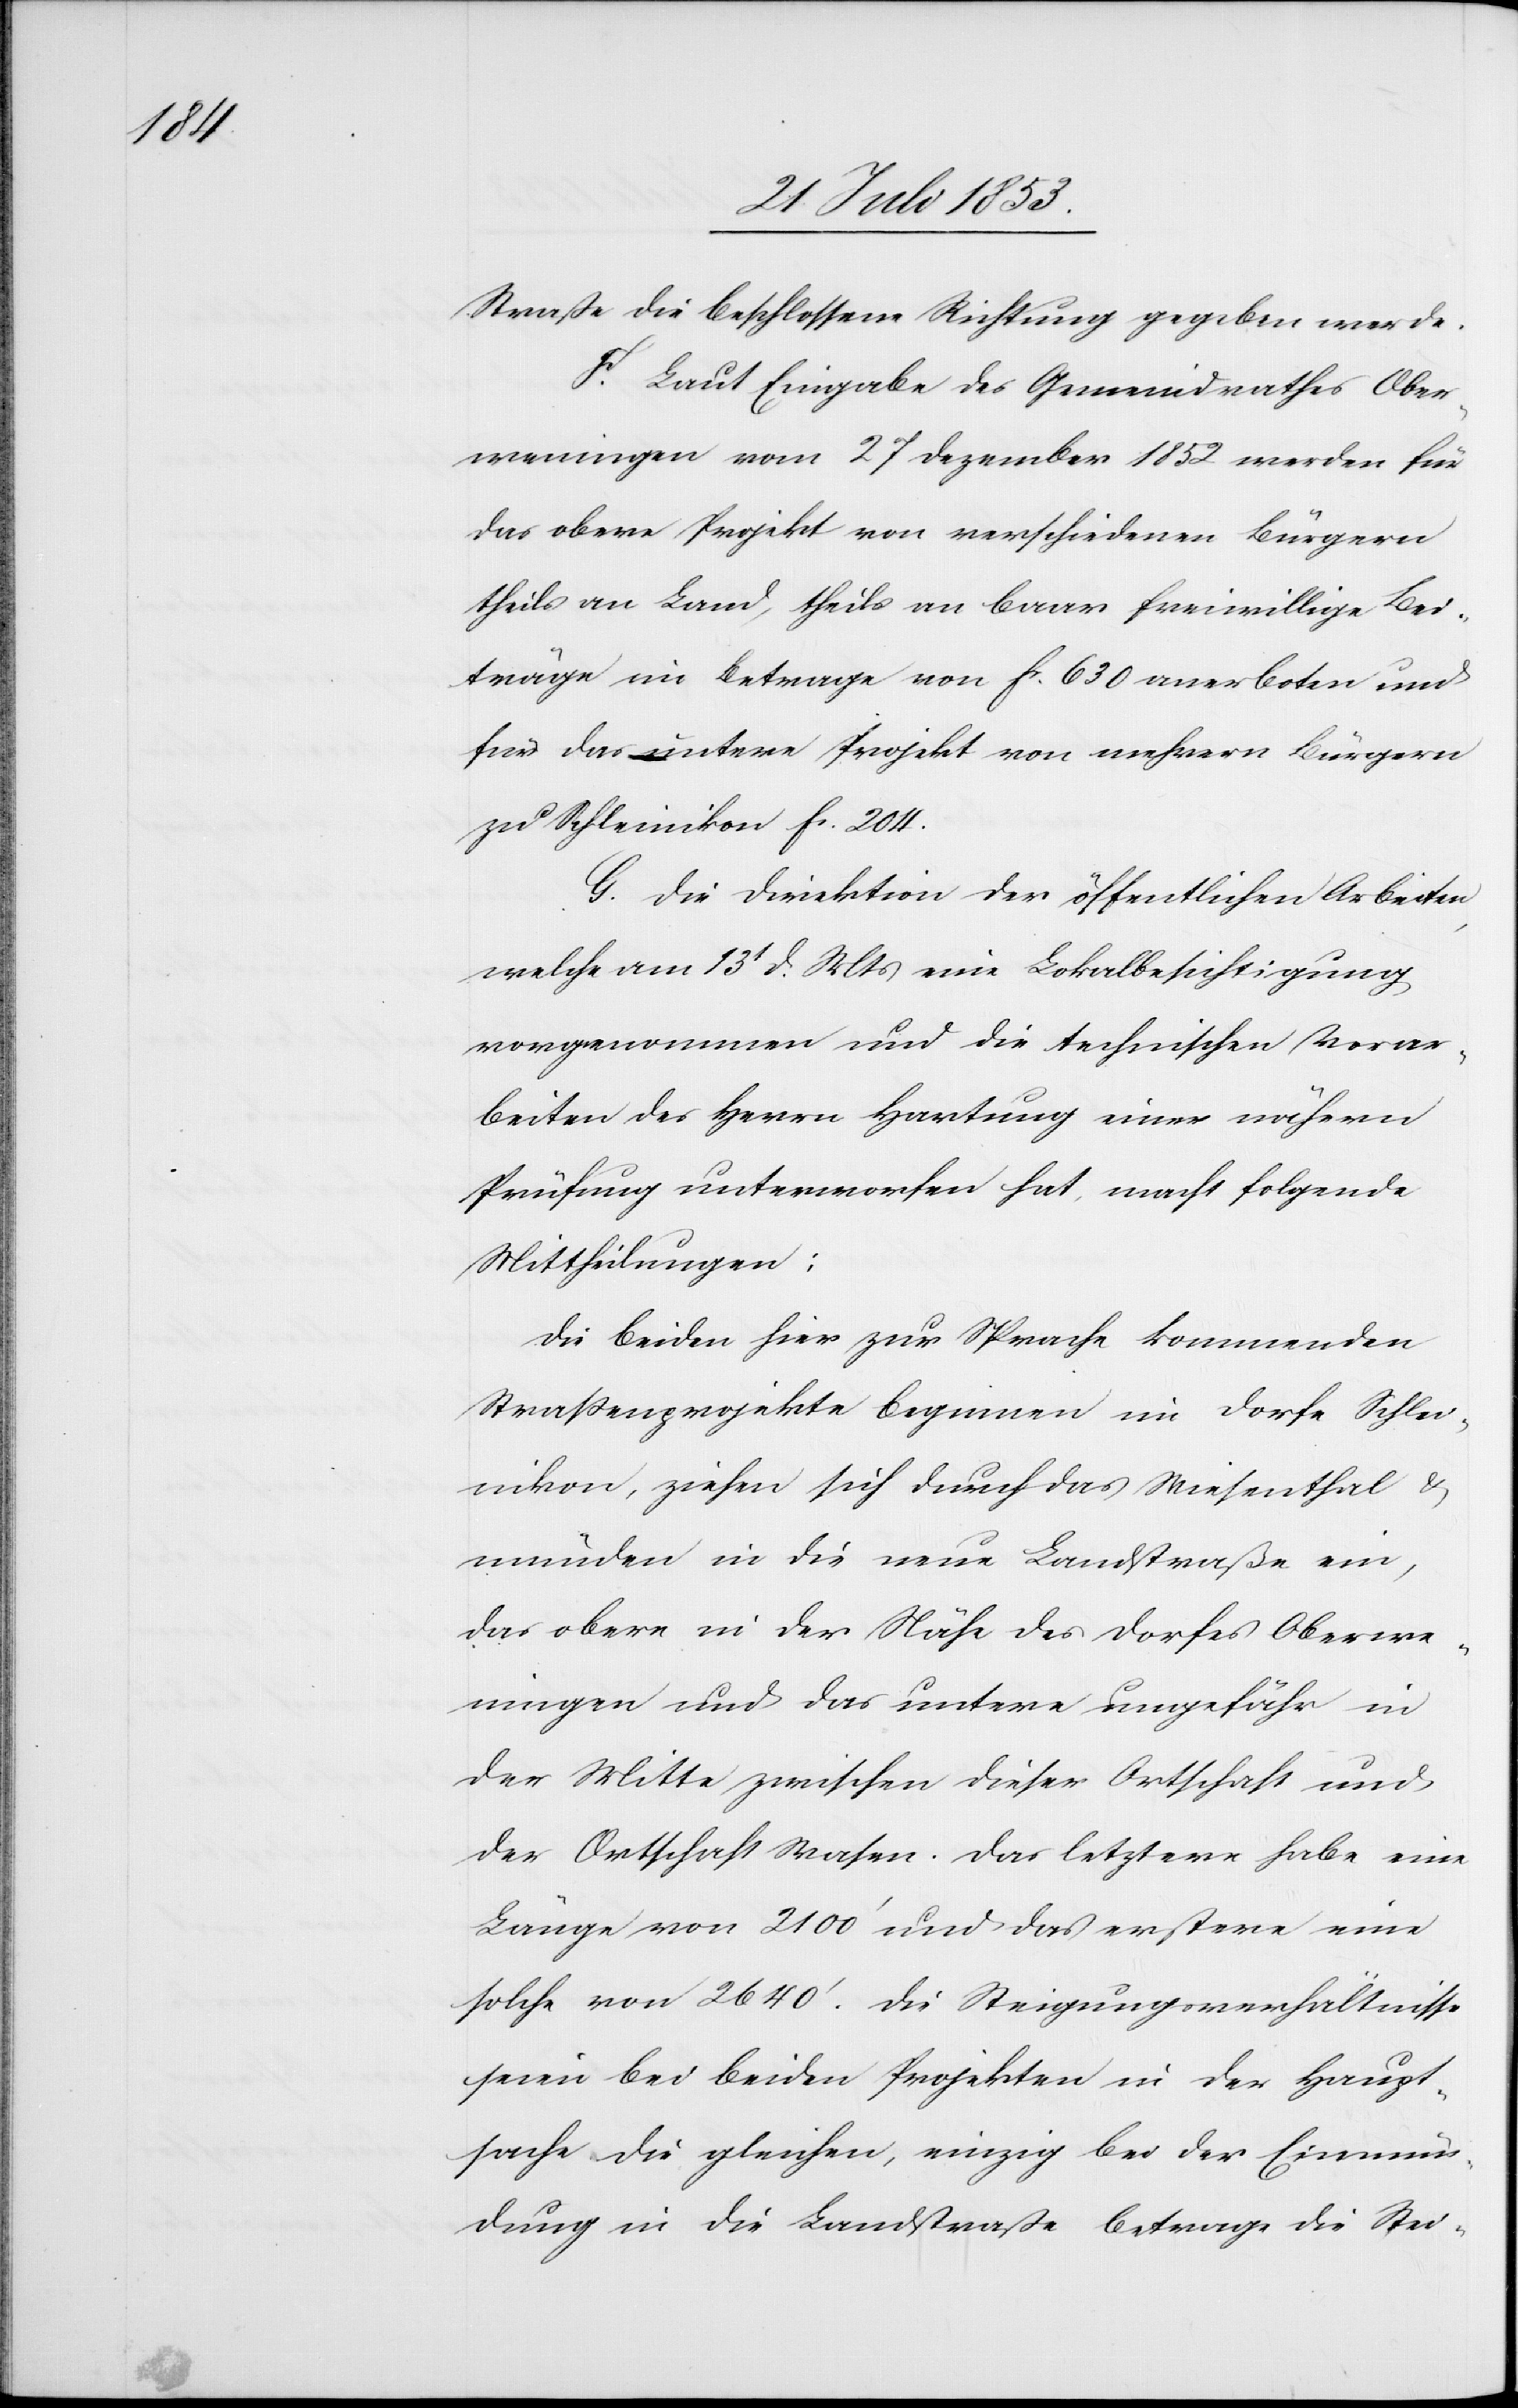
Straße die beschlossene Richtung gegeben werde.
F. Laut Eingabe des Gemeindrathes Ober¬
weningen vom 27 Dezember 1852 werden für
das obere Projekt von verschiedenen Bürgern
theils an Land, theils an baar freiwillige Bei¬
träge im Betrage von fr. 630 anerboten und
für das untere Projekt von mehrern Bürgern
zu Schleinikon fr. 204.
G. Die Direktion der öffentlichen Arbeiten,
welche am 13t d. Mts. eine Lokalbesichtigung
vorgenommen und die technischen Vorar¬
beiten des Herrn Hartung einer nähern
Prüfung unterworfen hat, macht folgende
Mittheilungen:
Die beiden hier zur Sprache kommenden
Straßenprojekte beginnen im Dorfe Schlei¬
nikon, ziehen sich durch das Wiesenthal u.
münden in die neue Landstraße ein,
die obere in der Nähe des Dorfes Oberwe¬
ningen und das untere ungefähr in
der Mitte zwischen dieser Ortschaft und
der Ortschaft Wasen. Das letztere habe eine
Länge von 2100’ und das erstere eine
solche von 2640’. Die Steigungsverhältniße
seien bei beiden Projekten in der Haupt¬
sache die gleichen, einzig bei der Einmün¬
dung in die Landstraße betrage die Stei-